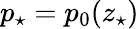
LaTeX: p_{\star}=p_{0}(z_{\star})